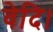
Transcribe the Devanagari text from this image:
वेदि।